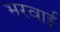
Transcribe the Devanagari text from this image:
भरवाई